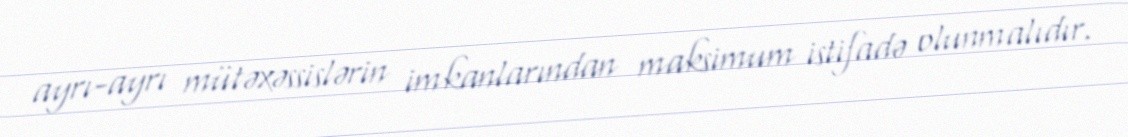
ayrı-ayrı mütəxəssislərin imkanlarından maksimum istifadə olunmalıdır.